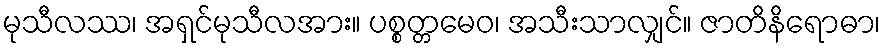
မုသီလဿ၊ အရှင်မုသီလအား။ ပစ္စတ္တမေဝ၊ အသီးသာလျှင်။ ဇာတိနိရောဓာ၊